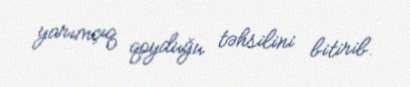
yarımçıq qoyduğu təhsilini bitirib.